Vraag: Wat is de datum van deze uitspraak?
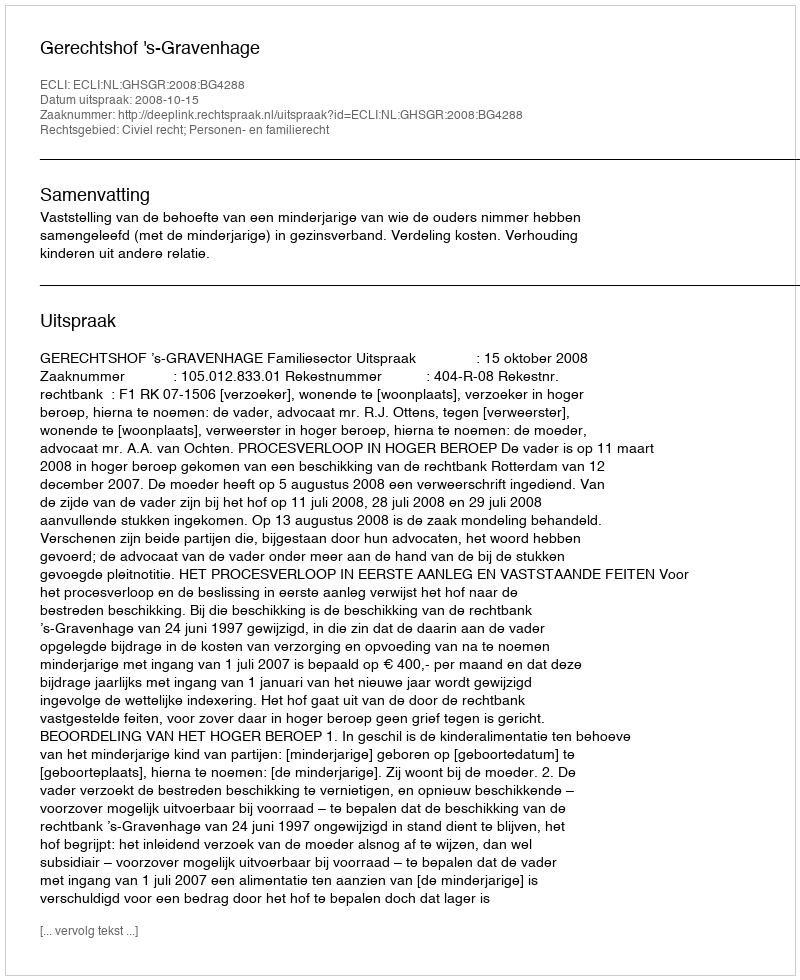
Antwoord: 2008-10-15